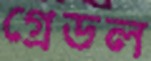
গ্রেডল